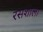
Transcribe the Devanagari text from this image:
रसशाला